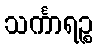
သင်္ကာရဉ္စ